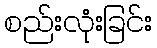
စည်းလုံးခြင်း